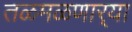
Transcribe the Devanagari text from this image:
तळमळणार्‍या